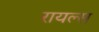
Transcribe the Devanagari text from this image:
रायल्स